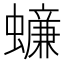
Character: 𧒲